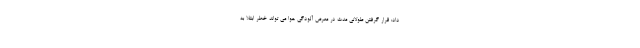
داد: قرار گرفتن طولانی مدت در معرض آلودگی هوا می تواند خطر ابتلا به